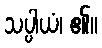
သပ္ပါယံ၊ ၏။